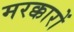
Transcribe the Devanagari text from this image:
मरक्कारों